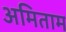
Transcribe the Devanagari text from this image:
अमिताम